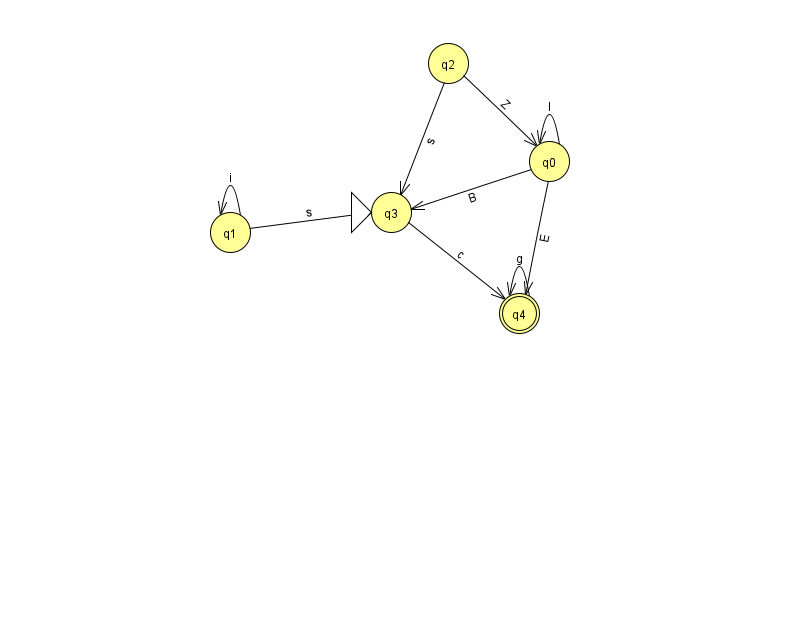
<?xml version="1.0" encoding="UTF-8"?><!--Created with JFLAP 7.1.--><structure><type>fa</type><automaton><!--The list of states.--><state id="0" name="q0"><x>549.0</x><y>148.0</y></state><state id="1" name="q1"><x>230.0</x><y>219.0</y></state><state id="2" name="q2"><x>448.0</x><y>50.0</y></state><state id="3" name="q3"><x>391.0</x><y>199.0</y><initial/></state><state id="4" name="q4"><x>519.0</x><y>300.0</y><final/></state><!--The list of transitions.--><transition><from>2</from><to>0</to><read>Z</read></transition><transition><from>0</from><to>3</to><read>B</read></transition><transition><from>4</from><to>4</to><read>g</read></transition><transition><from>1</from><to>1</to><read>i</read></transition><transition><from>0</from><to>0</to><read>l</read></transition><transition><from>1</from><to>3</to><read>s</read></transition><transition><from>2</from><to>3</to><read>s</read></transition><transition><from>3</from><to>4</to><read>c</read></transition><transition><from>0</from><to>4</to><read>E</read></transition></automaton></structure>